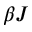
\beta J